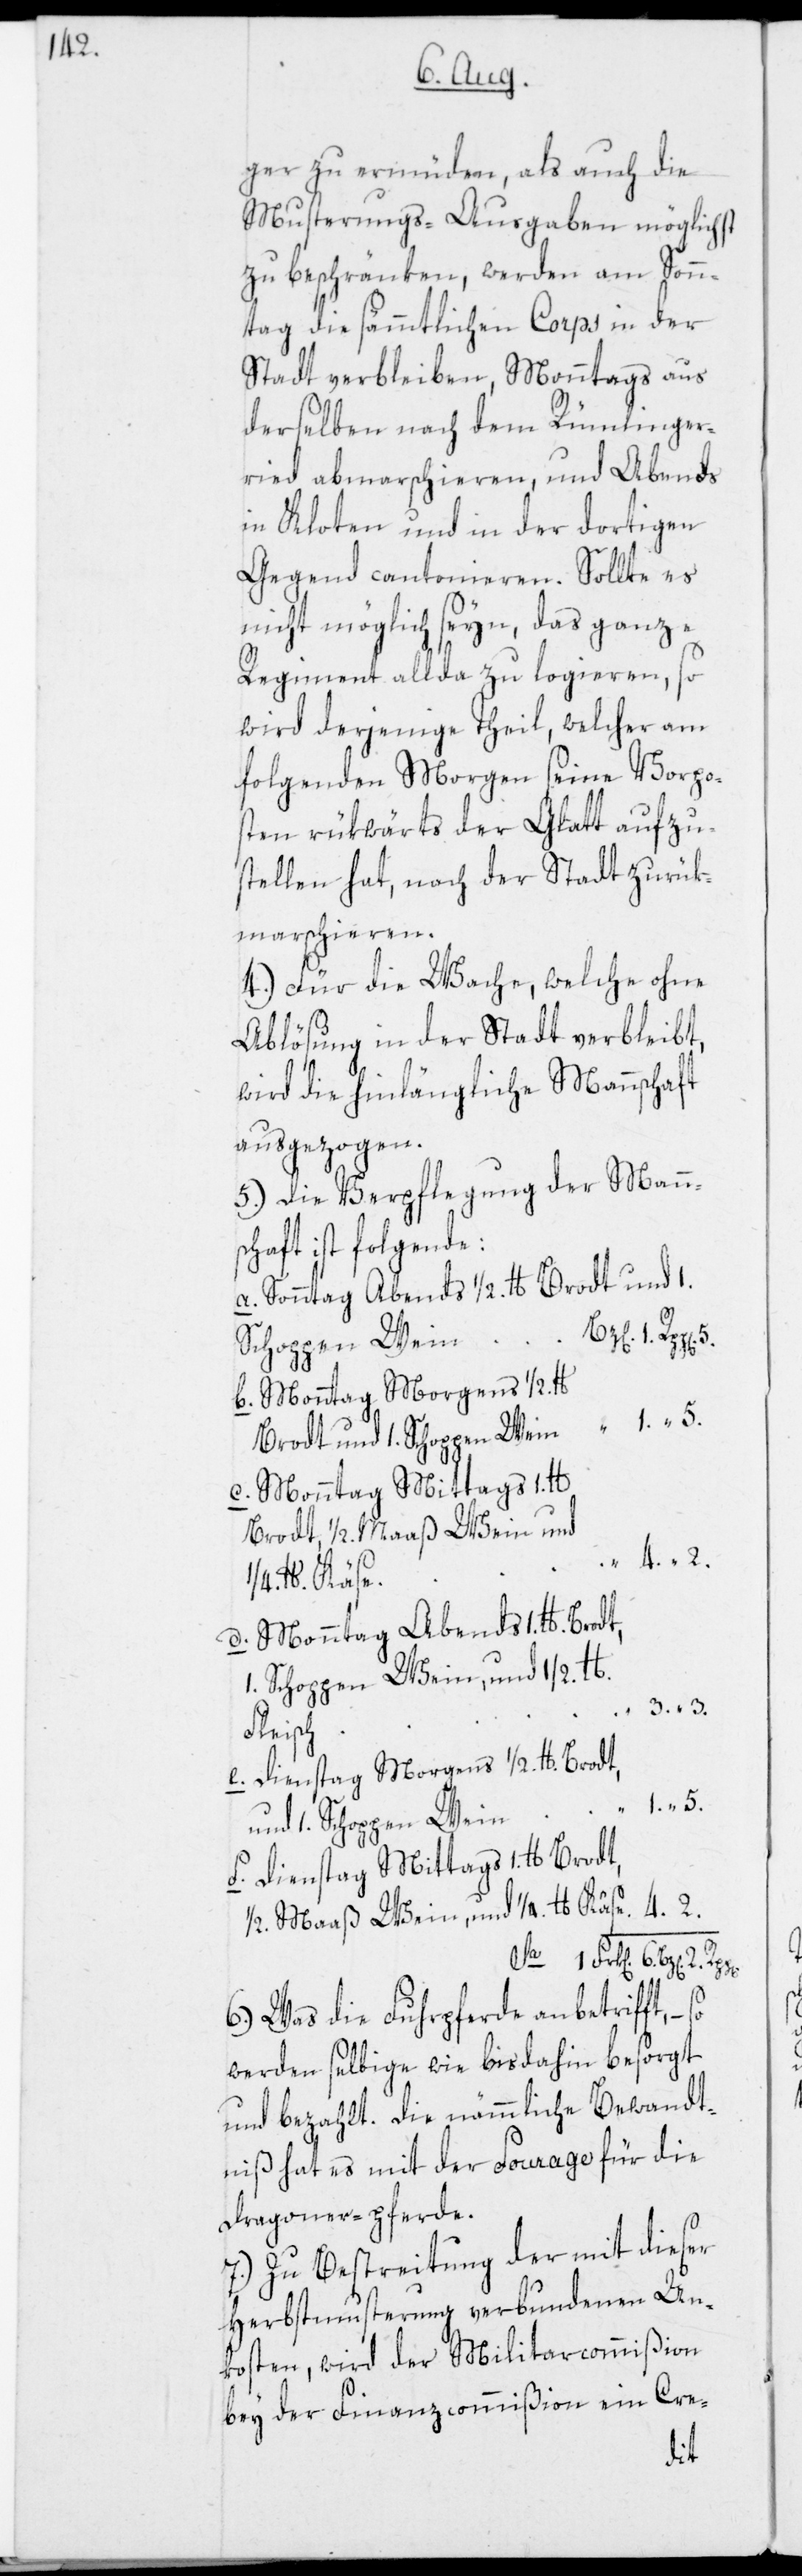
4.

ger zu ermüden, als auch die
Musterungs-Ausgaben möglichst
zu beschränken, werden am Sonn¬
tag die sämmtlichen Corps in der
Stadt verbleiben, Monntags aus
derselben nach dem Rümlinger¬
ried abmarschieren, und Abends
in Kloten und in der dortigen
Gegend cantonieren. Sollte es
nicht möglich seyn, das ganze
Regiment allda zu logieren, so
wird derjenige Theil, welcher am
folgenden Morgen seine Vorpo¬
sten rükwärts der Glatt aufzu¬
stellen hat, nach der Stadt zurük¬
marschieren.
4.) Für die Wache, welche ohne
Ablösung in der Stadt verbleibt,
wird die hinlängliche Mannschaft
ausgezogen.
5.) Die Verpflegung der Mann¬
schaft ist folgende:
Sonntag Abends 1/2. lb Brodt und 1.
6. Bz[en]. 2.
Schoppen Wein
Monntag Morgens 1/2.
Brodt und 1. Schoppen Wein
Monntag Mittags 1.
Brodt, 1/2. Maaß Wein, und
1/4. lb Käse.
Monntag Abends 1. Lb Brodt,
1. Schoppen Wein, und 1/2. lb.
Fleisch
Dienstag Morgens 1/2. lb.
Dienstag Mittags 1. lb.
6.) Was die Fuhrpferde anbetrifft, –
werden selbige wie bisdahin besorgt
und bezahlt. Die nämmliche Bewandt¬
niß hat es mit der Fourage für die
Dragoner-pferde.
7.) Zu Bestreitung der mit dieser
Herbstmusterung verbundenen Un¬
kosten, wird der Militarcommißion
bey der Finanzcommißion ein Cre-